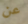
عن